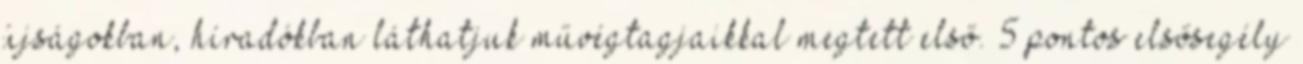
újságokban, híradókban láthatjuk művégtagjaikkal megtett első. 5 pontos elsősegély